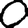
Digit: 0